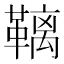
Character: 𮧩